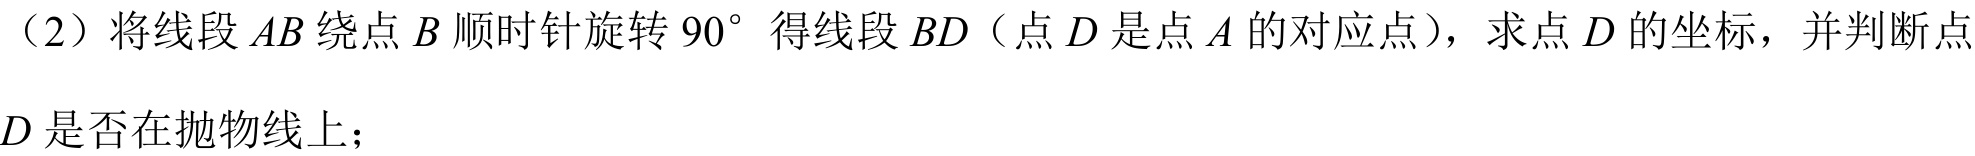
（2）将线段\(AB\)绕点\(B\)顺时针旋转\(90^{\circ}\)得线段\(BD\)（点\(D\)是点\(A\)的对应点），求点\(D\)的坐标，并判断点\(D\)是否在抛物线上；